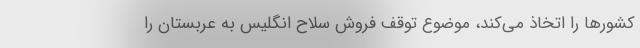
کشورها را اتخاذ می‌کند، موضوع توقف فروش سلاح انگلیس به عربستان را